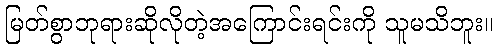
မြတ်စွာဘုရားဆိုလိုတဲ့အကြောင်းရင်းကို သူမသိဘူး။